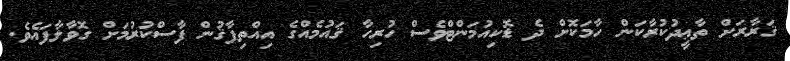
ޤަރާރަށް ތާޢީދުކުރާކަން ހާމަކޮށް ދެ ޑޮކިއުމަންޓްވެސް ހުރިހާ ޤައުމެއްގެ އިއްތިފާޤުން ފާސްކުރުމަށް ގޮވާލާފައެވެ.